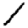
Digit: 1